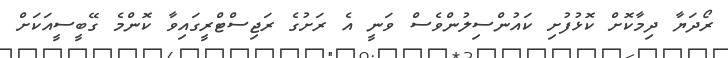
ރޯދަޔާ ދިމާކޮށް ކޮޅުފުށި ކައުންްސިލުންވެސް ވަނީ އެ ރަށުގެ ރަޖިސްޓްރީގައިވާ ކޮންމެ ގޭބީސީއަކަށް